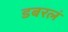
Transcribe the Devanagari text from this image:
डबरलं